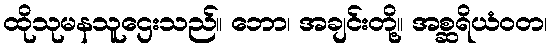
ထိုသုမနသူဌေးသည်။ ဘော၊ အချင်းတို့။ အစ္ဆရိယံဝတ၊